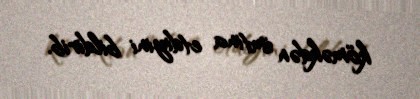
köməkdən imtina etdiyini bildirib.